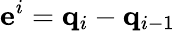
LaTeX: \mathbf e^{i}=\mathbf q_{i}-\mathbf q_{i-1}